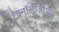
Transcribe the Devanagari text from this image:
टेक्नॉलॉजीमधे